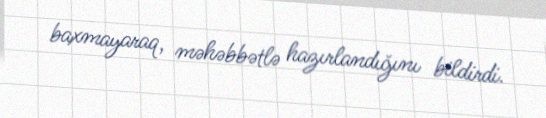
baxmayaraq, məhəbbətlə hazırlandığını bildirdi.